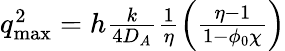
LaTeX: \begin{array}{r}{q_{\mathrm{max}}^{2}=h\frac{k}{4D_{A}}\frac{1}{\eta}\left(\frac{\eta-1}{1-\phi_{0}\chi}\right)}\end{array}